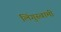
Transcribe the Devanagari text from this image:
लिंगुस्वामी